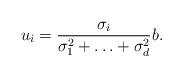
LaTeX: \begin{align*} u_i=\frac{\sigma_i}{\sigma_1^2+\ldots +\sigma_d^2 }b.\end{align*}